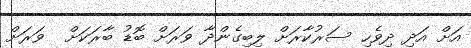
އަށް އަދި ދިވެހި ސަރުކާރަށް ލިބިގެންދާ ވަރަށް ބޮޑު ބާރަކަށް  ވަރަށް